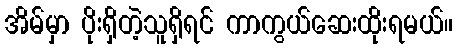
အိမ်မှာ ပိုးရှိတဲ့သူရှိရင် ကာကွယ်ဆေးထိုးရမယ်။